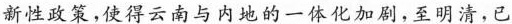
新性政策，使得云南与内地的一体化加剧，至明清，已